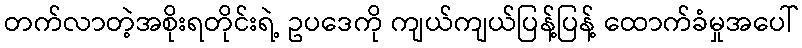
တက်လာတဲ့အစိုးရတိုင်းရဲ့ ဥပဒေကို ကျယ်ကျယ်ပြန့်ပြန့် ထောက်ခံမှုအပေါ်